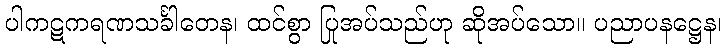
ပါကဋကရဏသင်္ခါတေန၊ ထင်စွာ ပြုအပ်သည်ဟု ဆိုအပ်သော။ ပညာပနဋ္ဌေန၊